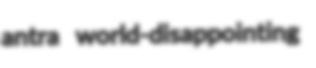
antra world-disappointing